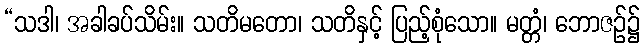
“သဒါ၊ အခါခပ်သိမ်း။ သတိမတော၊ သတိနှင့် ပြည့်စုံသော။ မတ္တံ၊ ဘောဇဉ်၌